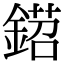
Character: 鍣